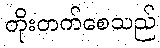
တိုးတက်စေသည်